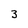
Character: 3